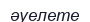
әуелете